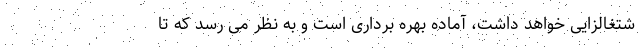
شتغالزایی خواهد داشت، آماده بهره برداری است و به نظر می رسد که تا